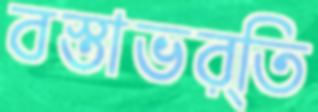
বস্তাভর্তি